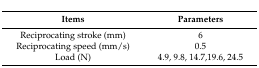
| Items | Parameters |
 | --- | --- |
 | Reciprocating stroke (mm) | 6 |
 | Reciprocating speed (mm/s) | 0.5 |
 | Load (N) | 4.9, 9.8, 14.7,19.6, 24.5 |